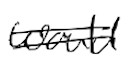
Text: would
Cross-out: double-line
Writing tool: digital_black